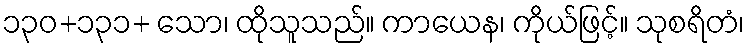
၁၃၀+၁၃၁+ သော၊ ထိုသူသည်။ ကာယေန၊ ကိုယ်ဖြင့်။ သုစရိတံ၊